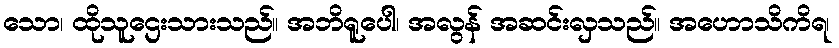
သော၊ ထိုသူဌေးသားသည်။ အဘိရူပေါ၊ အလွန် အဆင်းလှသည်။ အဟောသိကိရ၊